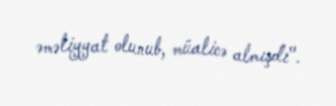
əməliyyat olunub, müalicə almışdı".